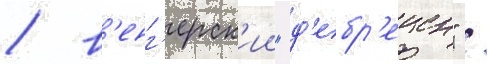
/ в'енг'ерск'ии "д'ебр'ецен" /